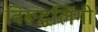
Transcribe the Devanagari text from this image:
विरूद्धलिंगी